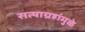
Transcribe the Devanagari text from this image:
सत्याग्रहांमुळे